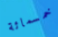
خمسمائة